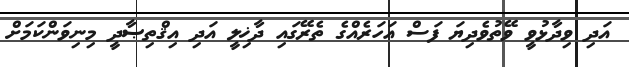
އަދި ވިދާޅުވީ ވޭތުވެދިޔަ ފަސް އަހަރެއްގެ ތެރޭގައި ދާޚިލީ އަދި އިޤްތިޞާދީ މިނިވަންކަމަށް